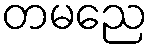
တမညေ